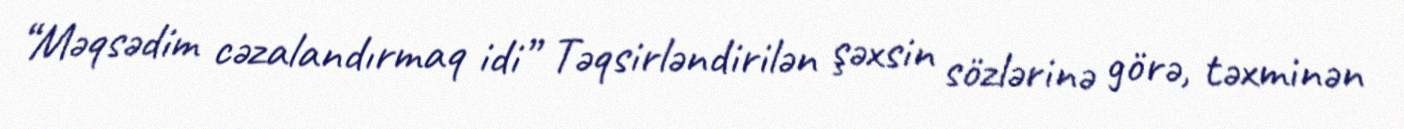
“Məqsədim cəzalandırmaq idi” Təqsirləndirilən şəxsin sözlərinə görə, təxminən